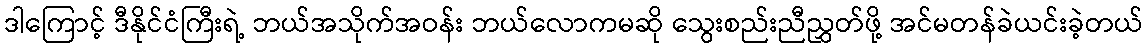
ဒါကြောင့် ဒီနိုင်ငံကြီးရဲ့ ဘယ်အသိုက်အဝန်း ဘယ်လောကမဆို သွေးစည်းညီညွှတ်ဖို့ အင်မတန်ခဲယင်းခဲ့တယ်